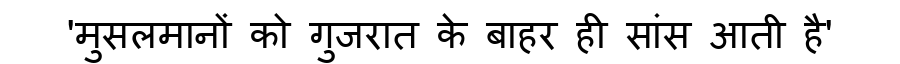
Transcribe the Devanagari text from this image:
'मुसलमानों को गुजरात के बाहर ही सांस आती है'